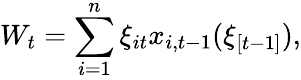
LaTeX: W_{t}=\sum_{i=1}^{n}\xi_{it}x_{i,t-1}(\xi_{[t-1]}),